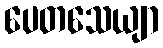
ပေတသေယျာ